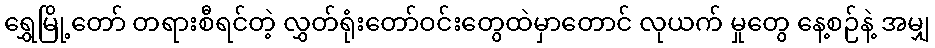
ရွှေမြို့တော် တရားစီရင်တဲ့ လွှတ်ရုံးတော်ဝင်းတွေထဲမှာတောင် လုယက် မှုတွေ နေ့စဉ်နဲ့ အမျှ